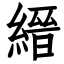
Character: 縉